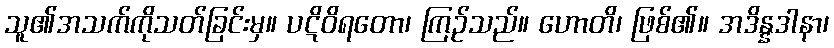
သူ၏အသက်ကိုသတ်ခြင်းမှ။ ပဋိဝိရတော၊ ကြဉ်သည်။ ဟောတိ၊ ဖြစ်၏။ အဒိန္နဒါနာ၊